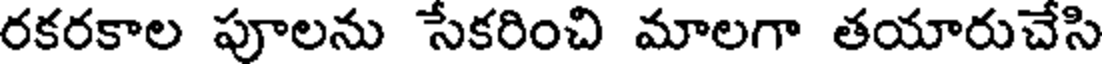
రకరకాల పూలను సేకరించి మాలగా తయారుచేసి